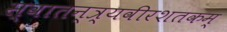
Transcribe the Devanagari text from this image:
स्वातन्त्र्यवीरशतकम्